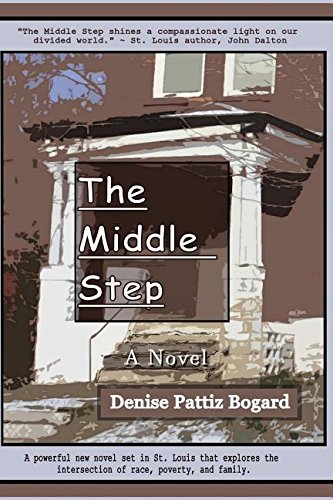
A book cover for The Middle Step; Denise Pattiz Bogard; Literature & Fiction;